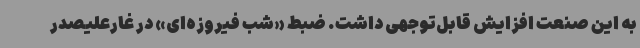
به این صنعت افزایش قابل‌توجهی داشت. ضبط «شب فیروزه‌ای» در غارعلیصدر